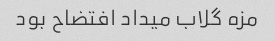
مزه گلاب میداد افتضاح بود